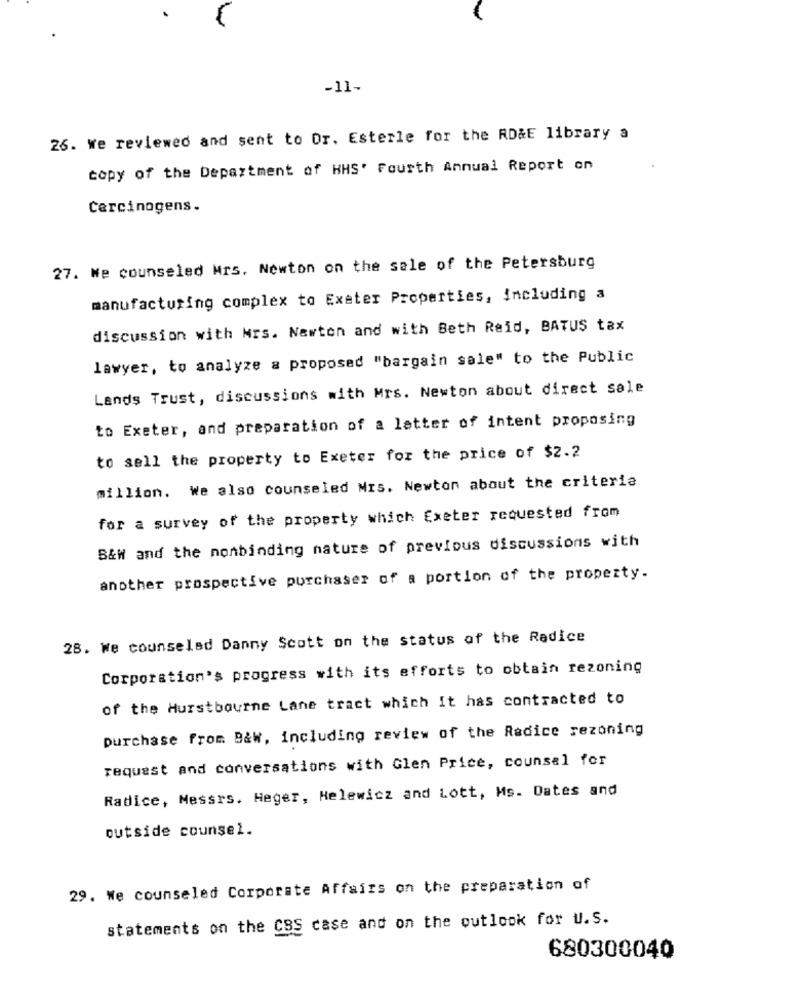
-11-
26. we reviewed and sent to Dr. Esterle for the RD&E library a
copy of the Department of HHS' Fourth Annual Report on
Carcinogens.
27. We counseled Mrs. Newton on the sale of the Petersburg
manufacturing complex to Exeter Properties, including a
discussion with Mrs. Newton and with Beth Reid, BATUS tax
lawyer, to analyze a proposed "bargain sale" to the Public
Lands Trust, discussions with Mrs. Newton about direct sale
to Exeter, and preparation of a letter of intent proposing
to sell the property to Exeter for the price of $2.2
million. We also counseled Mrs. Newton about the criteria
for a survey of the property which Exeter requested from
B&W and the nonbinding nature of previous discussions with
another prospective purchaser of a portion of the property.
28. We counseled Danny Scott on the status of the Radice
Corporation's progress with its efforts to obtain rezoning
of the Hurstbourne Lane tract which It has contracted to
purchase from B&w, including review of the Radice rezoning
request and conversations with Glen Price, counsel for
Radice, Messrs. Heger, Helewicz and Lott, Ms. Dates and
outside counsel.
29. We counseled Corporate Affairs on the preparation of
statements on the CSS case and on the outlook for U.S.
680300040